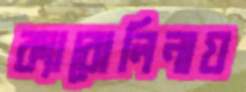
ক্যারোলিনায়